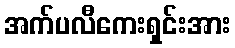
အက်ပလီကေးရှင်းအား